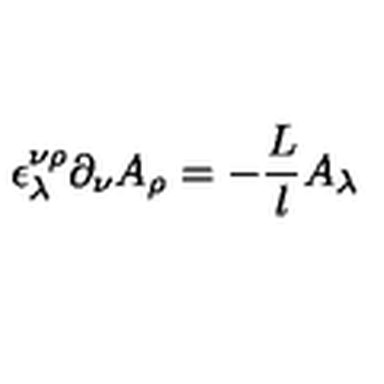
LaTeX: \epsilon _ { \lambda } ^ { \nu \rho } \partial _ { \nu } A _ { \rho } = - \frac { L } l A _ { \lambda }